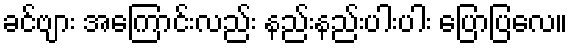
ခင်ဗျား အကြောင်းလည်း နည်းနည်းပါးပါး ပြောပြလေ။